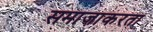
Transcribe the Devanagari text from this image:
समाजाकरता